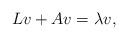
LaTeX: \begin{align*}Lv+Av = \lambda v, \end{align*}